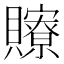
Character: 𧸴